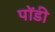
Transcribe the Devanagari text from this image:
पोंडी